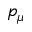
p _ { \mu }